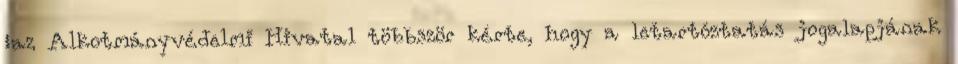
„az Alkotmányvédelmi Hivatal többször kérte, hogy a letartóztatás jogalapjának